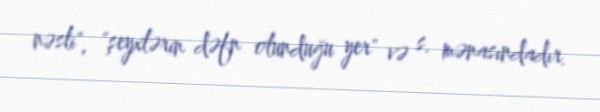
nəsli", "şeyxlərin dəfn olunduğu yer" və s. mənasındadır.